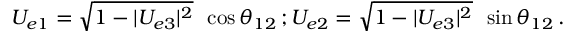
U _ { e 1 } = \sqrt { 1 - | U _ { e 3 } | ^ { 2 } } \, ~ \cos \theta _ { 1 2 } \, ; U _ { e 2 } = \sqrt { 1 - | U _ { e 3 } | ^ { 2 } } \, ~ \sin \theta _ { 1 2 } \, .